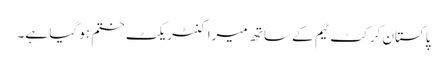
پاکستان کرکٹ ٹیم کے ساتھ میرا کنٹریکٹ ختم ہو گیا ہے۔